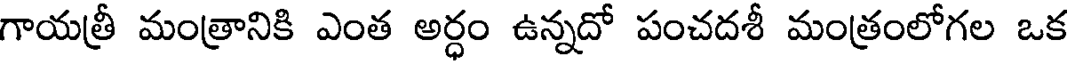
గాయత్రీ మంత్రానికి ఎంత అర్ధం ఉన్నదో పంచదశీ మంత్రంలోగల ఒక